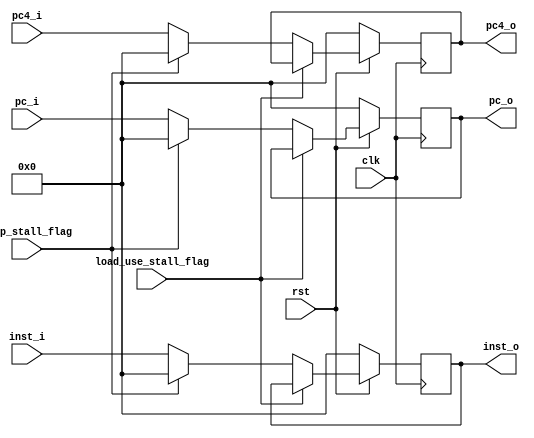



module if_id_reg(
    input clk,
    input rst,
    input load_use_stall_flag,
    input jump_stall_flag,
    input [31:0] pc_i,
    input [31:0] pc4_i,
    input [31:0] inst_i,
    output reg [31:0] pc_o,
    output reg [31:0] pc4_o,
    output reg[31:0] inst_o
    );
    always @(posedge clk) begin
        if(rst==0)begin
        pc_o<=32'b0;
        pc4_o<=32'b0;
        inst_o<=32'b0;
        end
     
        else if (load_use_stall_flag==1) begin
            pc_o<=pc_o;
            pc4_o<=pc4_o;
            inst_o<=inst_o;
        end
    
        else if (jump_stall_flag==1) begin
            pc_o<=32'b0;
            pc4_o<=32'b0;
            inst_o<=32'b0;
        end
        
        else begin
            pc_o<=pc_i;
            pc4_o<=pc4_i;
            inst_o<=inst_i;
        end
    end
    /*
     reg [2:0] cnt;
       
       
       
   
       always @(posedge clk) begin
       if (rst==0) begin 
               cnt<=0;
              end
         else  if (stall_flag==1) begin
               //cnt<=(cnt==0)?0:cnt-1;
               cnt<=stall_cycle_num;
           end
           else begin
                           cnt<=(cnt==0)?0:cnt-1;
                      end
        
       end

    always @(posedge clk) begin
        if (rst==0) begin
            pc_o<=32'b0;
            pc4_o<=32'b0;
            inst_o<=32'b0;
        end
        else if (cnt==0&&stall_flag==0) begin
            pc_o<=pc_i;
            pc4_o<=pc4_i;
            inst_o<=inst_i;
        end
        else if (cnt==0&&stall_flag==1) begin
        
           pc_o<=(cnt==0)?pc_i:pc_o;
            pc4_o<=(cnt==0)?pc4_i:pc4_o;
            inst_o<=(cnt==0)?inst_i:inst_o;
            pc_o<=pc_o;
                        pc4_o<=pc4_o;
                        inst_o<=inst_o;
        end
    end*/


    
endmodule